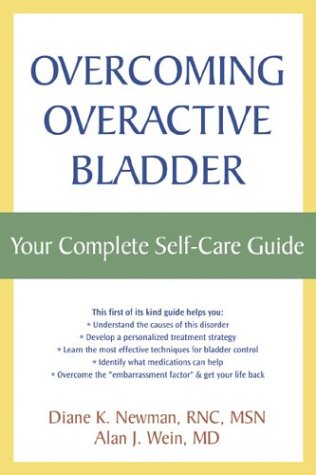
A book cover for Overcoming Overactive Bladder: Your Complete Self-Care Guide; Diane K. Newman; Health, Fitness & Dieting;